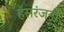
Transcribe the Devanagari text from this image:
हंसरंजनी